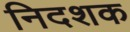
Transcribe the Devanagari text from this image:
निदशक